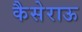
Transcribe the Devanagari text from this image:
कैसेराऊ